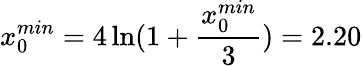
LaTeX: x_{0}^{min}=4\ln(1+{\frac{x_{0}^{min}}{3}})=2.20